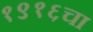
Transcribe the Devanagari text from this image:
१९१६चा